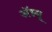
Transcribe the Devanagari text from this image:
अॅग्न्यू